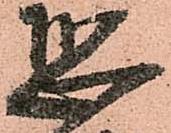
恐